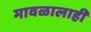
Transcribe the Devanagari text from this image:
मावळालाही